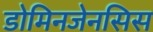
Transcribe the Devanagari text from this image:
डोमिनजेनसिस